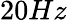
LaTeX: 20Hz